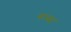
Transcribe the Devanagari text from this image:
रुम्स